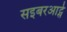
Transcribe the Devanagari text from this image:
सइबरआर्ट्स